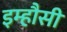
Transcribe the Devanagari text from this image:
इम्हौसी